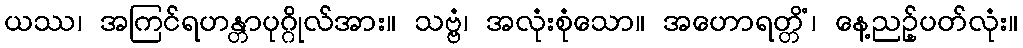
ယဿ၊ အကြင်ရဟန္တာပုဂ္ဂိုလ်အား။ သဗ္ဗံ၊ အလုံးစုံသော။ အဟောရတ္တိံ၊ နေ့ညဉ့်ပတ်လုံး။